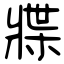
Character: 牃